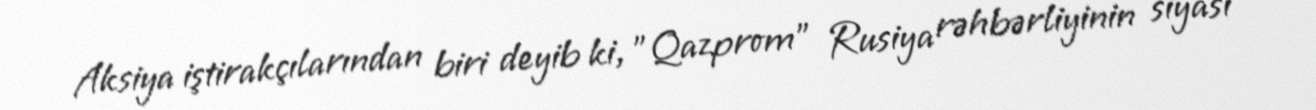
Aksiya iştirakçılarından biri deyib ki, "Qazprom" Rusiya rəhbərliyinin siyasi